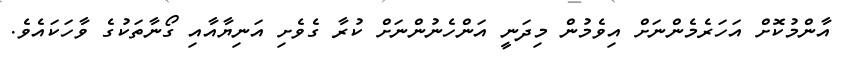
އާންމުކޮށް އަހަރެމެންނަށް އިވެމުން މިދަނީ އަންހެނުންނަށް ކުރާ ގެވެށި އަނިޔާއާއި ގޯނާތަކުގެ ވާހަކައެވެ.